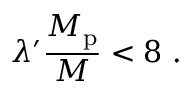
\lambda ^ { \prime } \frac { M _ { \mathrm { p } } } { M } < 8 \ .